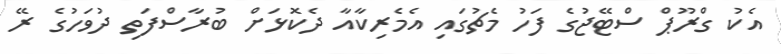
އެކު ގްރޫޕް ސްޓޭޖުގެ ފަހު މެޗުގައި އެމެރިކާއާ ދެކޮޅަށް ބުރާސްފަތި ދުވަހުގެ ރޭ